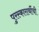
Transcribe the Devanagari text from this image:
पुरस्कारार्थीची